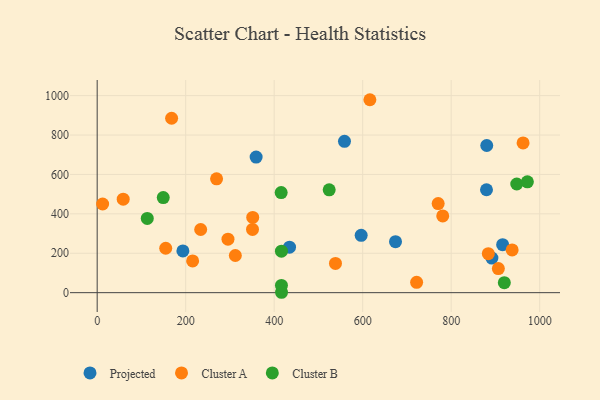
{"axis": {"x": "Engine Size", "y": "Exam Score"}, "legend": ["Cluster A", "Cluster B", "Projected"], "data": [{"x": "892.0", "y": 175.8, "type": "Projected"}, {"x": "193.7", "y": 211.8, "type": "Projected"}, {"x": "558.9", "y": 768.2, "type": "Projected"}, {"x": "359.2", "y": 688.3, "type": "Projected"}, {"x": "674.2", "y": 259.0, "type": "Projected"}, {"x": "596.6", "y": 291.0, "type": "Projected"}, {"x": "916.3", "y": 243.4, "type": "Projected"}, {"x": "434.7", "y": 230.9, "type": "Projected"}, {"x": "880.4", "y": 746.8, "type": "Projected"}, {"x": "879.8", "y": 522.3, "type": "Projected"}, {"x": "538.5", "y": 148.6, "type": "Cluster A"}, {"x": "721.9", "y": 52.4, "type": "Cluster A"}, {"x": "883.9", "y": 198.1, "type": "Cluster A"}, {"x": "351.0", "y": 320.7, "type": "Cluster A"}, {"x": "233.9", "y": 320.5, "type": "Cluster A"}, {"x": "616.3", "y": 979.1, "type": "Cluster A"}, {"x": "12.3", "y": 449.9, "type": "Cluster A"}, {"x": "770.6", "y": 452.3, "type": "Cluster A"}, {"x": "312.2", "y": 188.6, "type": "Cluster A"}, {"x": "351.5", "y": 381.6, "type": "Cluster A"}, {"x": "154.9", "y": 225.3, "type": "Cluster A"}, {"x": "937.8", "y": 216.7, "type": "Cluster A"}, {"x": "215.7", "y": 161.3, "type": "Cluster A"}, {"x": "58.8", "y": 474.5, "type": "Cluster A"}, {"x": "168.2", "y": 885.1, "type": "Cluster A"}, {"x": "295.6", "y": 271.7, "type": "Cluster A"}, {"x": "962.5", "y": 759.9, "type": "Cluster A"}, {"x": "269.8", "y": 577.5, "type": "Cluster A"}, {"x": "780.9", "y": 389.4, "type": "Cluster A"}, {"x": "906.6", "y": 122.5, "type": "Cluster A"}, {"x": "524.3", "y": 522.0, "type": "Cluster B"}, {"x": "149.3", "y": 482.7, "type": "Cluster B"}, {"x": "416.6", "y": 2.0, "type": "Cluster B"}, {"x": "416.4", "y": 36.7, "type": "Cluster B"}, {"x": "948.2", "y": 551.4, "type": "Cluster B"}, {"x": "113.2", "y": 376.6, "type": "Cluster B"}, {"x": "920.1", "y": 50.6, "type": "Cluster B"}, {"x": "972.2", "y": 562.3, "type": "Cluster B"}, {"x": "415.8", "y": 507.9, "type": "Cluster B"}, {"x": "416.4", "y": 210.5, "type": "Cluster B"}]}